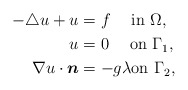
\begin{align*} -\triangle u +u &= f \;\quad{\rm in}\ \Omega,\\ u &=0 \;\quad{\rm on}\ \Gamma_1,\\\nabla u \cdot \boldsymbol{n} &= -g\lambda {\rm on}\ \Gamma_2,\end{align*}